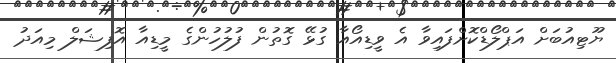
ޔޫޓިއުބަށް އަޕްލޯޑްކޮށްފައިވާ އެ ވީޑިއޯއާ ގުޅޭ ގޮތުން ފުލުހުންގެ މީޑިއާ އޮފިޝަލް މިއަދު